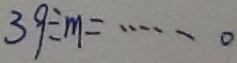
3 9 \div m = \cdots 0